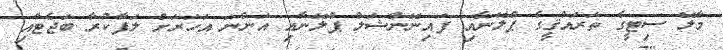
މާލޭ ސިޓީގެ ތަރައްޤީގެ ޕްލޭނާއި ފައިނޭންޝަލް ޕްލޭނާއި އަންނަ އަހަރަށް ލަފާކުރާ ބަޖެޓާއި